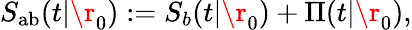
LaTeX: S_{\mathrm{{ab}}}(t|\r_{0}):=S_{b}(t|\r_{0})+\Pi(t|\r_{0}),